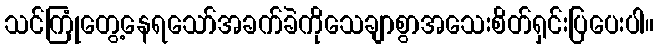
သင်ကြုံတွေ့နေရသော်အခက်ခဲကိုသေချာစွာအသေးစိတ်ရှင်းပြပေးပါ။